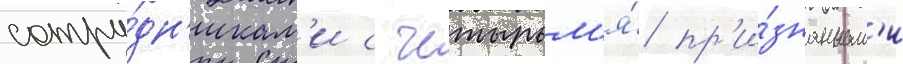
сотру́дн'икам'и с четырьм'я́ пр'и́знанным'и